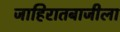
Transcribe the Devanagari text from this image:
जाहिरातबाजीला